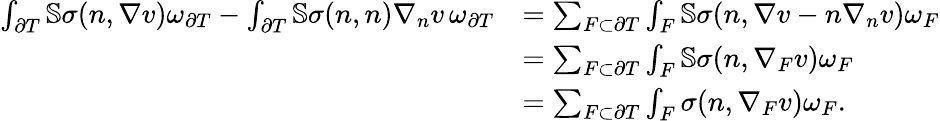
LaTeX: \begin{array}{rl}{\int_{\partial T}\mathbb{S}\sigma(n,\nabla v)\omega_{\partial T}-\int_{\partial T}\mathbb{S}\sigma(n,n)\nabla_{n}v\, \omega_{\partial T}}&{=\sum_{F\subset\partial T}\int_{F}\mathbb{S}\sigma(n,\nabla v-n\nabla_{n}v)\omega_{F}}\\ &{=\sum_{F\subset\partial T}\int_{F}\mathbb{S}\sigma(n,\nabla_{F}v)\omega_{F}}\\ &{=\sum_{F\subset\partial T}\int_{F}\sigma(n,\nabla_{F}v)\omega_{F}.}\end{array}